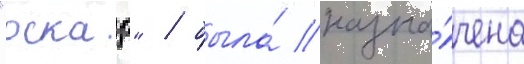
"оскар" / была́ назна́чена